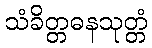
သံခိတ္တဓနသုတ္တံ